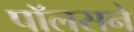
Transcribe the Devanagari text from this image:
पॉलसने